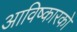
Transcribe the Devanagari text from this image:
आविष्कारको